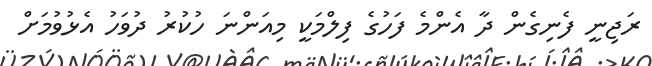
ރަޖިނީ ފެނިގެން ދާ އެންމެ ފަހުގެ ފިލްމަކީ މިއަންނަ ހުކުރު ދުވަހު އެޅުވުމަށް